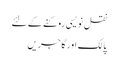
نقل نویسی روکنے کے لئے
پالک اور گاجریں